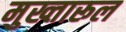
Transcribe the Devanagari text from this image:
मुख्तारूल